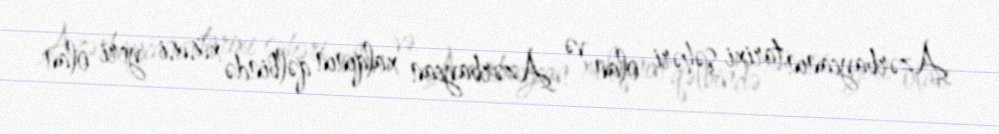
Azərbaycanın tarixi şəhəri olan və Azərbaycan xalqının qəlbində xüsusi yeri olan